Vaccination Hyderabad 1872-1889 - 1872-1889
Year: 1872
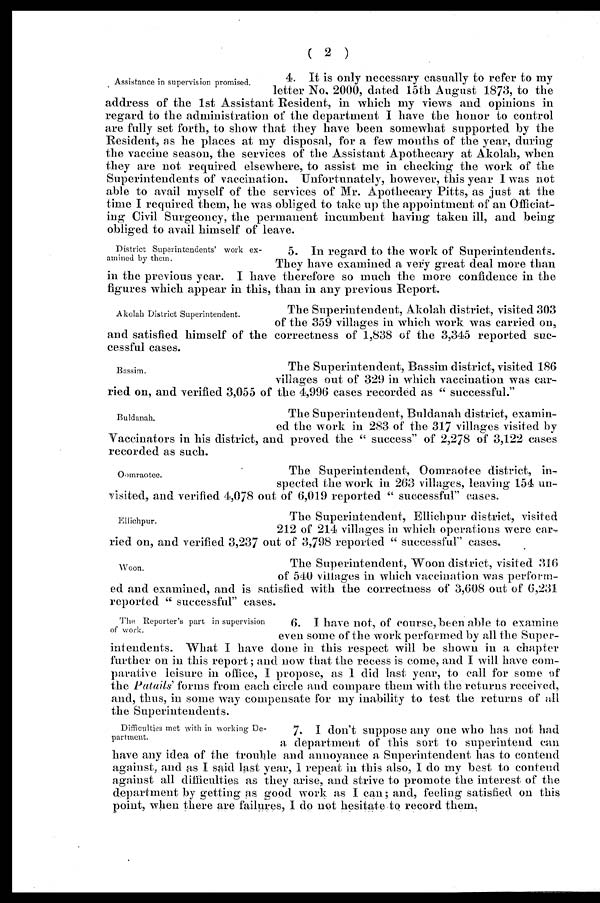
( 2 )
Assistance in supervision promised.
4. It is only necessary casually to refer to my
letter No. 2000, dated 15th August 1873, to the
address of the 1st Assistant Resident, in which my views and opinions in
regard to the administration of the department I have the honor to control
are fully set forth, to show that they have been somewhat supported by the
Resident, as he places at my disposal, for a few months of the year, during
the vaccine season, the services of the Assistant Apothecary at Akolah, when
they are not required elsewhere, to assist me in checking the work of the
Superintendents of vaccination. Unfortunately, however, this year I was not
able to avail myself of the services of Mr. Apothecary Pitts, as just at the
time I required them, he was obliged to take up the appointment of an Officiat-
ing Civil Surgeoncy, the permanent incumbent having taken ill, and being
obliged to avail himself of leave.
District Superintendents' work ex-
amined by them.
5. In regard to the work of Superintendents.
They have examined a very great deal more than
in the previous year. I have therefore so much the more confidence in the
figures which appear in this, than in any previous Report.
Akolah District Superintendent.
The Superintendent, Akolah district, visited 303
of the 359 villages in which work was carried on,
and satisfied himself of the correctness of 1,838 of the 3,345 reported suc-
cessful cases.
Bassim.
The Superintendent, Bassim district, visited 186
villages out of 329 in which vaccination was car-
ried on, and verified 3,055 of the 4,996 cases recorded as " successful."
Buldanah.
The Superintendent, Buldanah district, examin-
ed the work in 283 of the 317 villages visited by
Vaccinators in his district, and proved the " success" of 2,278 of 3,122 cases
recorded as such.
Oomraotee.
The Superintendent, Oomraotee district, in¬
spected the work in 263 villages, leaving 154 un¬
visited, and verified 4,078 out of 6,019 reported " successful" cases.
Ellichpur.
The Superintendent, Ellichpur district, visited
212 of 214 villages in which operations were car-
ried on, and verified 3,237 out of 3,798 reported " successful" cases.
Woon.
The Superintendent, Woon district, visited 316
of 540 villages in which vaccination was perform-
ed and examined, and is satisfied with the correctness of 3,608 out of 6,231
reported " successful" cases.
The Reporter's part in supervision
of work.
6. I have not, of course, been able to examine
even some of the work performed by all the Super-
intendents. What I have done in this respect will be shown in a chapter
further on in this report; and now that the recess is come, and I will have com-
parative leisure in office, I propose, as 1 did last year, to call for some of
the Patails' forms from each circle and compare them with the returns received,
and, thus, in some way compensate for my inability to test the returns of all
the Superintendents.
Difficulties met with in working De-
partment.
7. I don't suppose any one who has not had
a department of this sort to superintend can
have any idea of the trouble and annoyance a Superintendent has to contend
against, and as I said last year, I repeat in this also, I do my best to contend
against all difficulties as they arise, and strive to promote the interest of the
department by getting as good work as I can; and, feeling satisfied on this
point, when there are failures, I do not hesitate to record them.